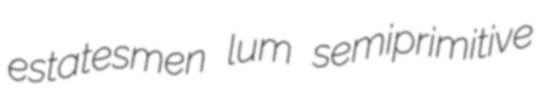
estatesmen lum semiprimitive